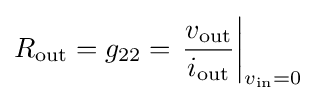
R_{\text{out}}=g_{22}=\left.{\frac {v_{\text{out}}}{i_{\text{out}}}}\right|_{v_{\text{in}}=0}